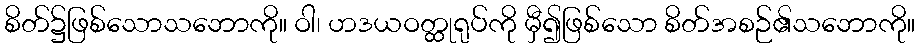
စိတ်၌ဖြစ်သောသဘောကို။ ဝါ၊ ဟဒယဝတ္ထုရုပ်ကို မှီ၍ဖြစ်သော စိတ်အစဉ်၏သဘောကို။